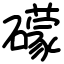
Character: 礞